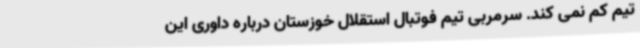
تیم کم نمی کند. سرمربی تیم فوتبال استقلال خوزستان درباره داوری این